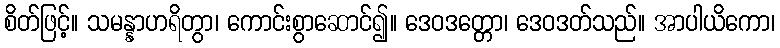
စိတ်ဖြင့်။ သမန္နာဟရိတွာ၊ ကောင်းစွာဆောင်၍။ ဒေဝဒတ္တော၊ ဒေဝဒတ်သည်။ အာပါယိကော၊